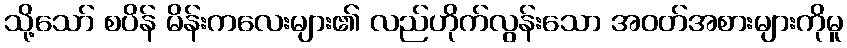
သို့သော် စပိန် မိန်းကလေးများ၏ လည်ဟိုက်လွန်းသော အဝတ်အစားများကိုမူ